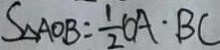
S _ { \Delta } A O B = \frac { 1 } { 2 } C A \cdot B C